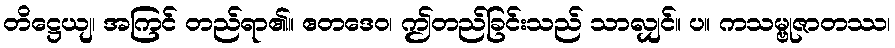
တိဋ္ဌေယျ၊ အကြင် တည်ရာ၏။ ဧတဒေဝ၊ ဤတည်ခြင်းသည် သာလျှင်။ ပ။ ကသမ္ဗုဇာတဿ၊